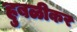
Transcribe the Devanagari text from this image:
हुबळीकर